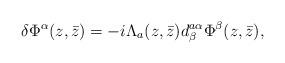
LaTeX: \begin{align*}\delta\Phi^\alpha(z,\bar z) = -i\Lambda_a(z,\bar z) d^{a\alpha}_\beta \Phi^\beta(z,\bar z),\end{align*}